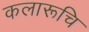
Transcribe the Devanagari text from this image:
कलारूचि